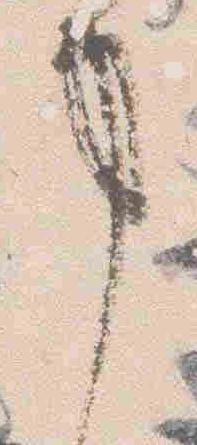
事